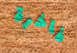
فاخرة